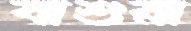
বাশুরা